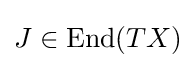
J\in {\text{End}}(TX)